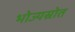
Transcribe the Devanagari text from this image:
भोज्यस्रोत